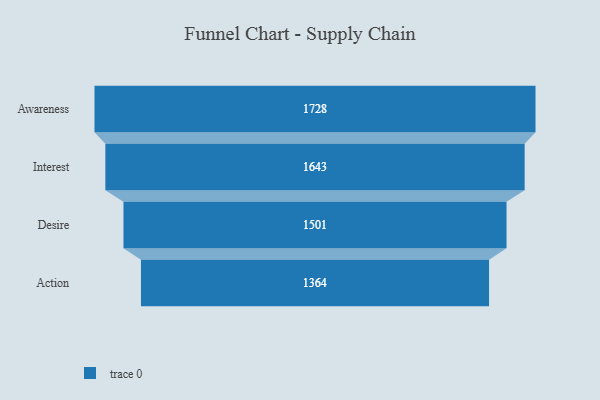
{"axis": {"x": "Stage", "y": "Value"}, "legend": [""], "data": [{"x": "Awareness", "y": 1728.0, "type": ""}, {"x": "Interest", "y": 1643.0, "type": ""}, {"x": "Desire", "y": 1501.0, "type": ""}, {"x": "Action", "y": 1364.0, "type": ""}]}